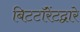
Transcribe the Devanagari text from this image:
बिटटॉरेंटद्वारे